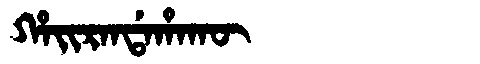
Manchu: ᡥᠠᡳᡵᠠᠨᡩᠠᡥᠠᡴᡡ
Romanization: HAIRANDAHAKŪ